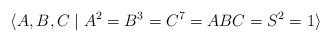
LaTeX: \begin{align*}\langle A,B,C\mid A^2=B^3=C^7=ABC=S^2=1\rangle\end{align*}